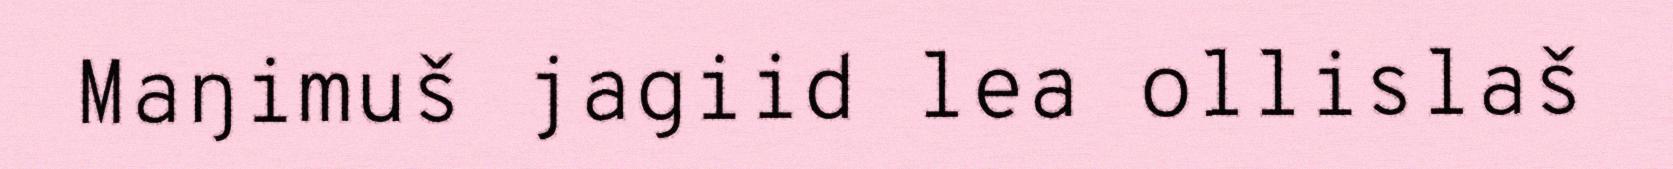
Maŋimuš jagiid lea ollislaš